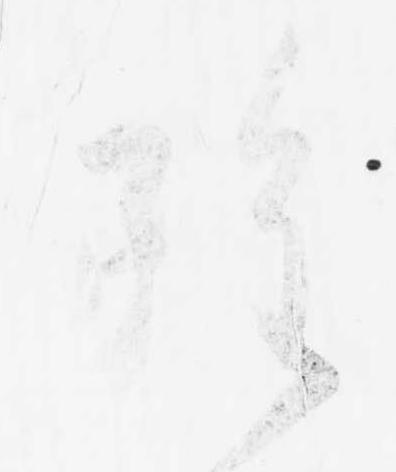
雖